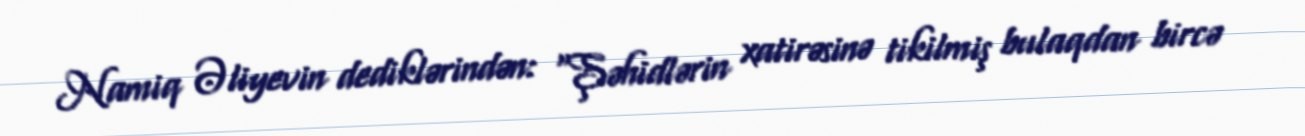
Namiq Əliyevin dediklərindən: “Şəhidlərin xatirəsinə tikilmiş bulaqdan bircə